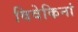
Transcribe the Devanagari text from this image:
विवेकिनां